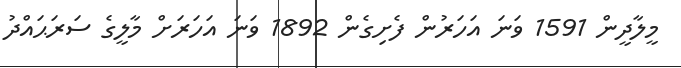
މީލާދީން 1591 ވަނަ އަހަރުން ފެށިގެން 1892 ވަނަ އަހަރަށް މާލީގެ ސަރަޙައްދު